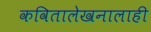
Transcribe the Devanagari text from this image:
कवितालेखनालाही